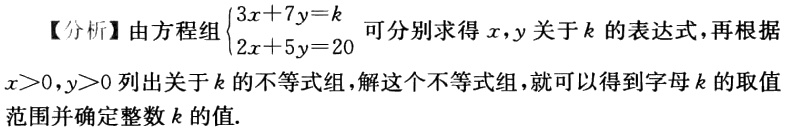
【分析】由方程组\(\begin{cases}3x + 7y = k\\2x + 5y = 20\end{cases}\)可分别求得\(x,y\)关于\(k\)的表达式，再根据\(x>0,y>0\)列出关于\(k\)的不等式组，解这个不等式组，就可以得到字母\(k\)的取值范围并确定整数\(k\)的值.